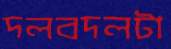
দলবদলটা